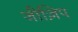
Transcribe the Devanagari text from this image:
जीज़िप